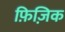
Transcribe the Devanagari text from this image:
फ़िज़िक